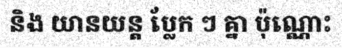
និង យានយន្ត ប្លែក ៗ គ្នា ប៉ុណ្ណោះ